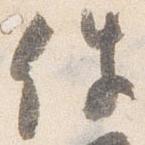
件